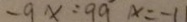
- 9 x : 9 9 x = - 1